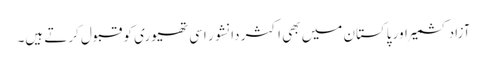
آزاد کشمیر اور پاکستان میں بھی اکثر دانشور اسی تھیوری کو قبول کرتے ہیں۔